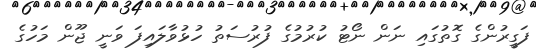
ފަގީރުންގެ ގޮތުގައި ނަން ނޯޓު ކުރުމުގެ ފުރުސަތު ހުޅުވާލައިފަ ވަނީ ޖޫން މަހުގެ